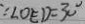
\because \angle O E D = 3 0 ^ { \circ }